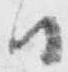
日